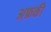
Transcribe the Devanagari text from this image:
अफ्रकी